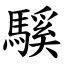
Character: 騱